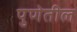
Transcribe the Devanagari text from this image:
पुणेतील